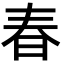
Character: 春